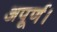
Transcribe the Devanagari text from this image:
अपूर्ण।